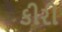
કીરી